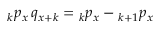
{ } _ { k } p _ { x } \, q _ { x + k } = { } _ { k } p _ { x } - { } _ { k + 1 } p _ { x }